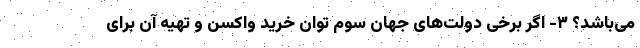
می‌باشد؟ ۳- اگر برخی دولت‌های جهان سوم توان خرید واکسن و تهیه آن برای